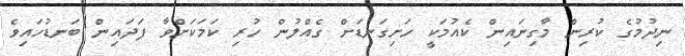
ނިދުމުގެ ކުރިން މާގިނައިިން ކެއުމަކީ ހަށިގަނޑަށް ގެއްލުން ހުރި ކަމަކަށްވާ ފަދައިން ބަނޑުހައިވެ